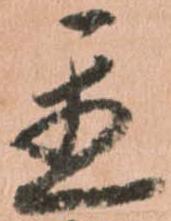
置